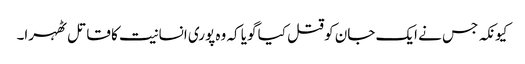
کیونکہ جس نے ایک جان کو قتل کیا گویا کہ وہ پوری انسانیت کا قاتل ٹھہرا۔